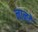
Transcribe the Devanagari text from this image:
नानटे